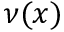
\nu ( x )